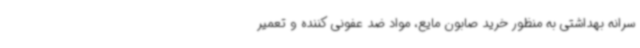
سرانه بهداشتی به منظور خرید صابون مایع، مواد ضد عفونی کننده و تعمیر